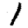
Digit: 1